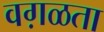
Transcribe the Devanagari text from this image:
वग़ळता